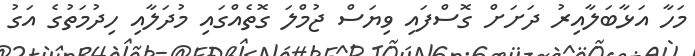
މަހާ އަޅާބަލާއިރު ދަށަށް ގޮސްފައި ވިޔަސް ޖުމްލަ ގޮތެއްގައި މުދަލާއި ހިދުމަތުގެ އަގު